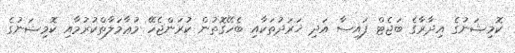
ކޮމިޝަނުގެ އިދާރާގެ ބަޖެޓް ފައިސާ އަދި ޚަރަދުތަކާއި ބެހޭގޮތުން ކުރަންޖެހޭ މުޢާމަލާތްކުރުމާއި ކޮމިޝަނުގެ